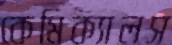
কেমিক্যালস